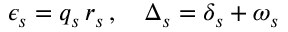
\epsilon _ { s } = q _ { s } \, r _ { s } \, , \quad \Delta _ { s } = \delta _ { s } + \omega _ { s }